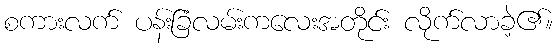
စကားလက် ပန်းခြံလမ်းကလေးအတိုင်း လိုက်လာခဲ့၏။